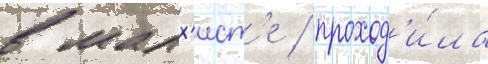
в малх'ист'е / проход'и́ла